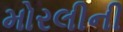
મોરલીની